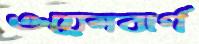
ওয়েলবার্গ